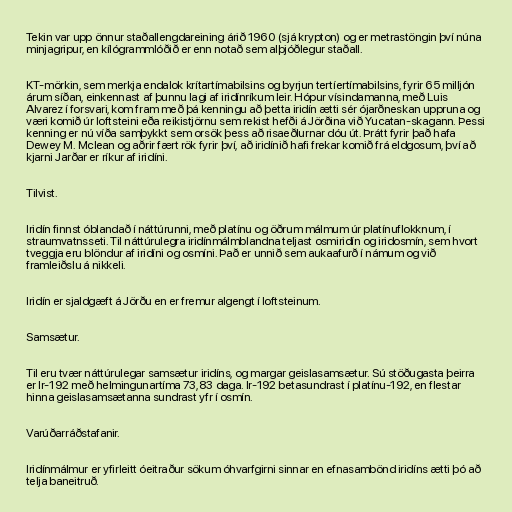
Tekin var upp önnur staðallengdareining árið 1960 (sjá krypton) og er metrastöngin því núna
minjagripur, en kílógrammlóðið er enn notað sem alþjóðlegur staðall.

KT-mörkin, sem merkja endalok krítartímabilsins og byrjun tertíertímabilsins, fyrir 65 milljón
árum síðan, einkennast af þunnu lagi af iridínríkum leir. Hópur vísindamanna, með Luis
Alvarez í forsvari, kom fram með þá kenningu að þetta iridín ætti sér ójarðneskan uppruna og
væri komið úr loftsteini eða reikistjörnu sem rekist hefði á Jörðina við Yucatan-skagann. Þessi
kenning er nú víða samþykkt sem orsök þess að risaeðlurnar dóu út. Þrátt fyrir það hafa
Dewey M. Mclean og aðrir fært rök fyrir því, að iridínið hafi frekar komið frá eldgosum, því að
kjarni Jarðar er ríkur af iridíni.

Tilvist.

Iridín finnst óblandað í náttúrunni, með platínu og öðrum málmum úr platínuflokknum, í
straumvatnsseti. Til náttúrulegra iridínmálmblandna teljast osmiridín og iridosmín, sem hvort
tveggja eru blöndur af iridíni og osmíni. Það er unnið sem aukaafurð í námum og við
framleiðslu á nikkeli.

Iridín er sjaldgæft á Jörðu en er fremur algengt í loftsteinum.

Samsætur.

Til eru tvær náttúrulegar samsætur iridíns, og margar geislasamsætur. Sú stöðugasta þeirra
er Ir-192 með helmingunartíma 73,83 daga. Ir-192 betasundrast í platínu-192, en flestar
hinna geislasamsætanna sundrast yfr í osmín.

Varúðarráðstafanir.

Iridínmálmur er yfirleitt óeitraður sökum óhvarfgirni sinnar en efnasambönd iridíns ætti þó að
telja baneitruð.